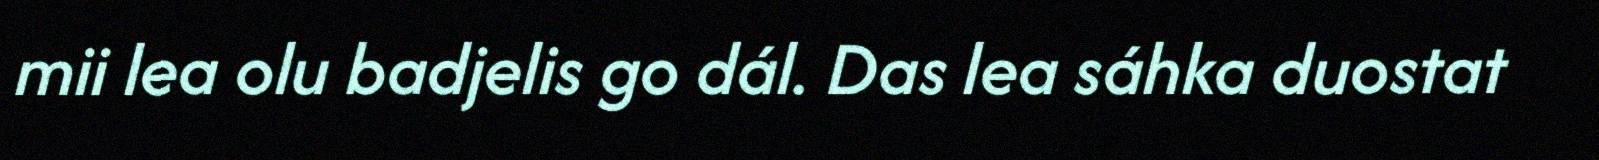
mii lea olu badjelis go dál. Das lea sáhka duostat